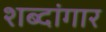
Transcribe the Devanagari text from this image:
शब्दांगार